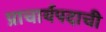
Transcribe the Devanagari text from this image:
प्राचार्यपदाची